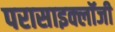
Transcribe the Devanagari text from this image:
परासाइक्लॉजी